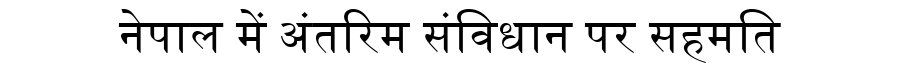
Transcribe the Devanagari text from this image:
नेपाल में अंतरिम संविधान पर सहमति